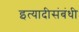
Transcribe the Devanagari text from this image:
इत्यादीसंबंधी